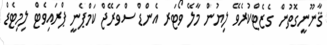
ޤާނޫނީގޮތުން ގެޒެޓްކުރެވޭ ލިޔުން މާލޭ ވޯޓަރ އެންޑް ސްވަރޭޖް ކަމްޕެނީ ޕްރައިވެޓް ލިމިޓެޑް